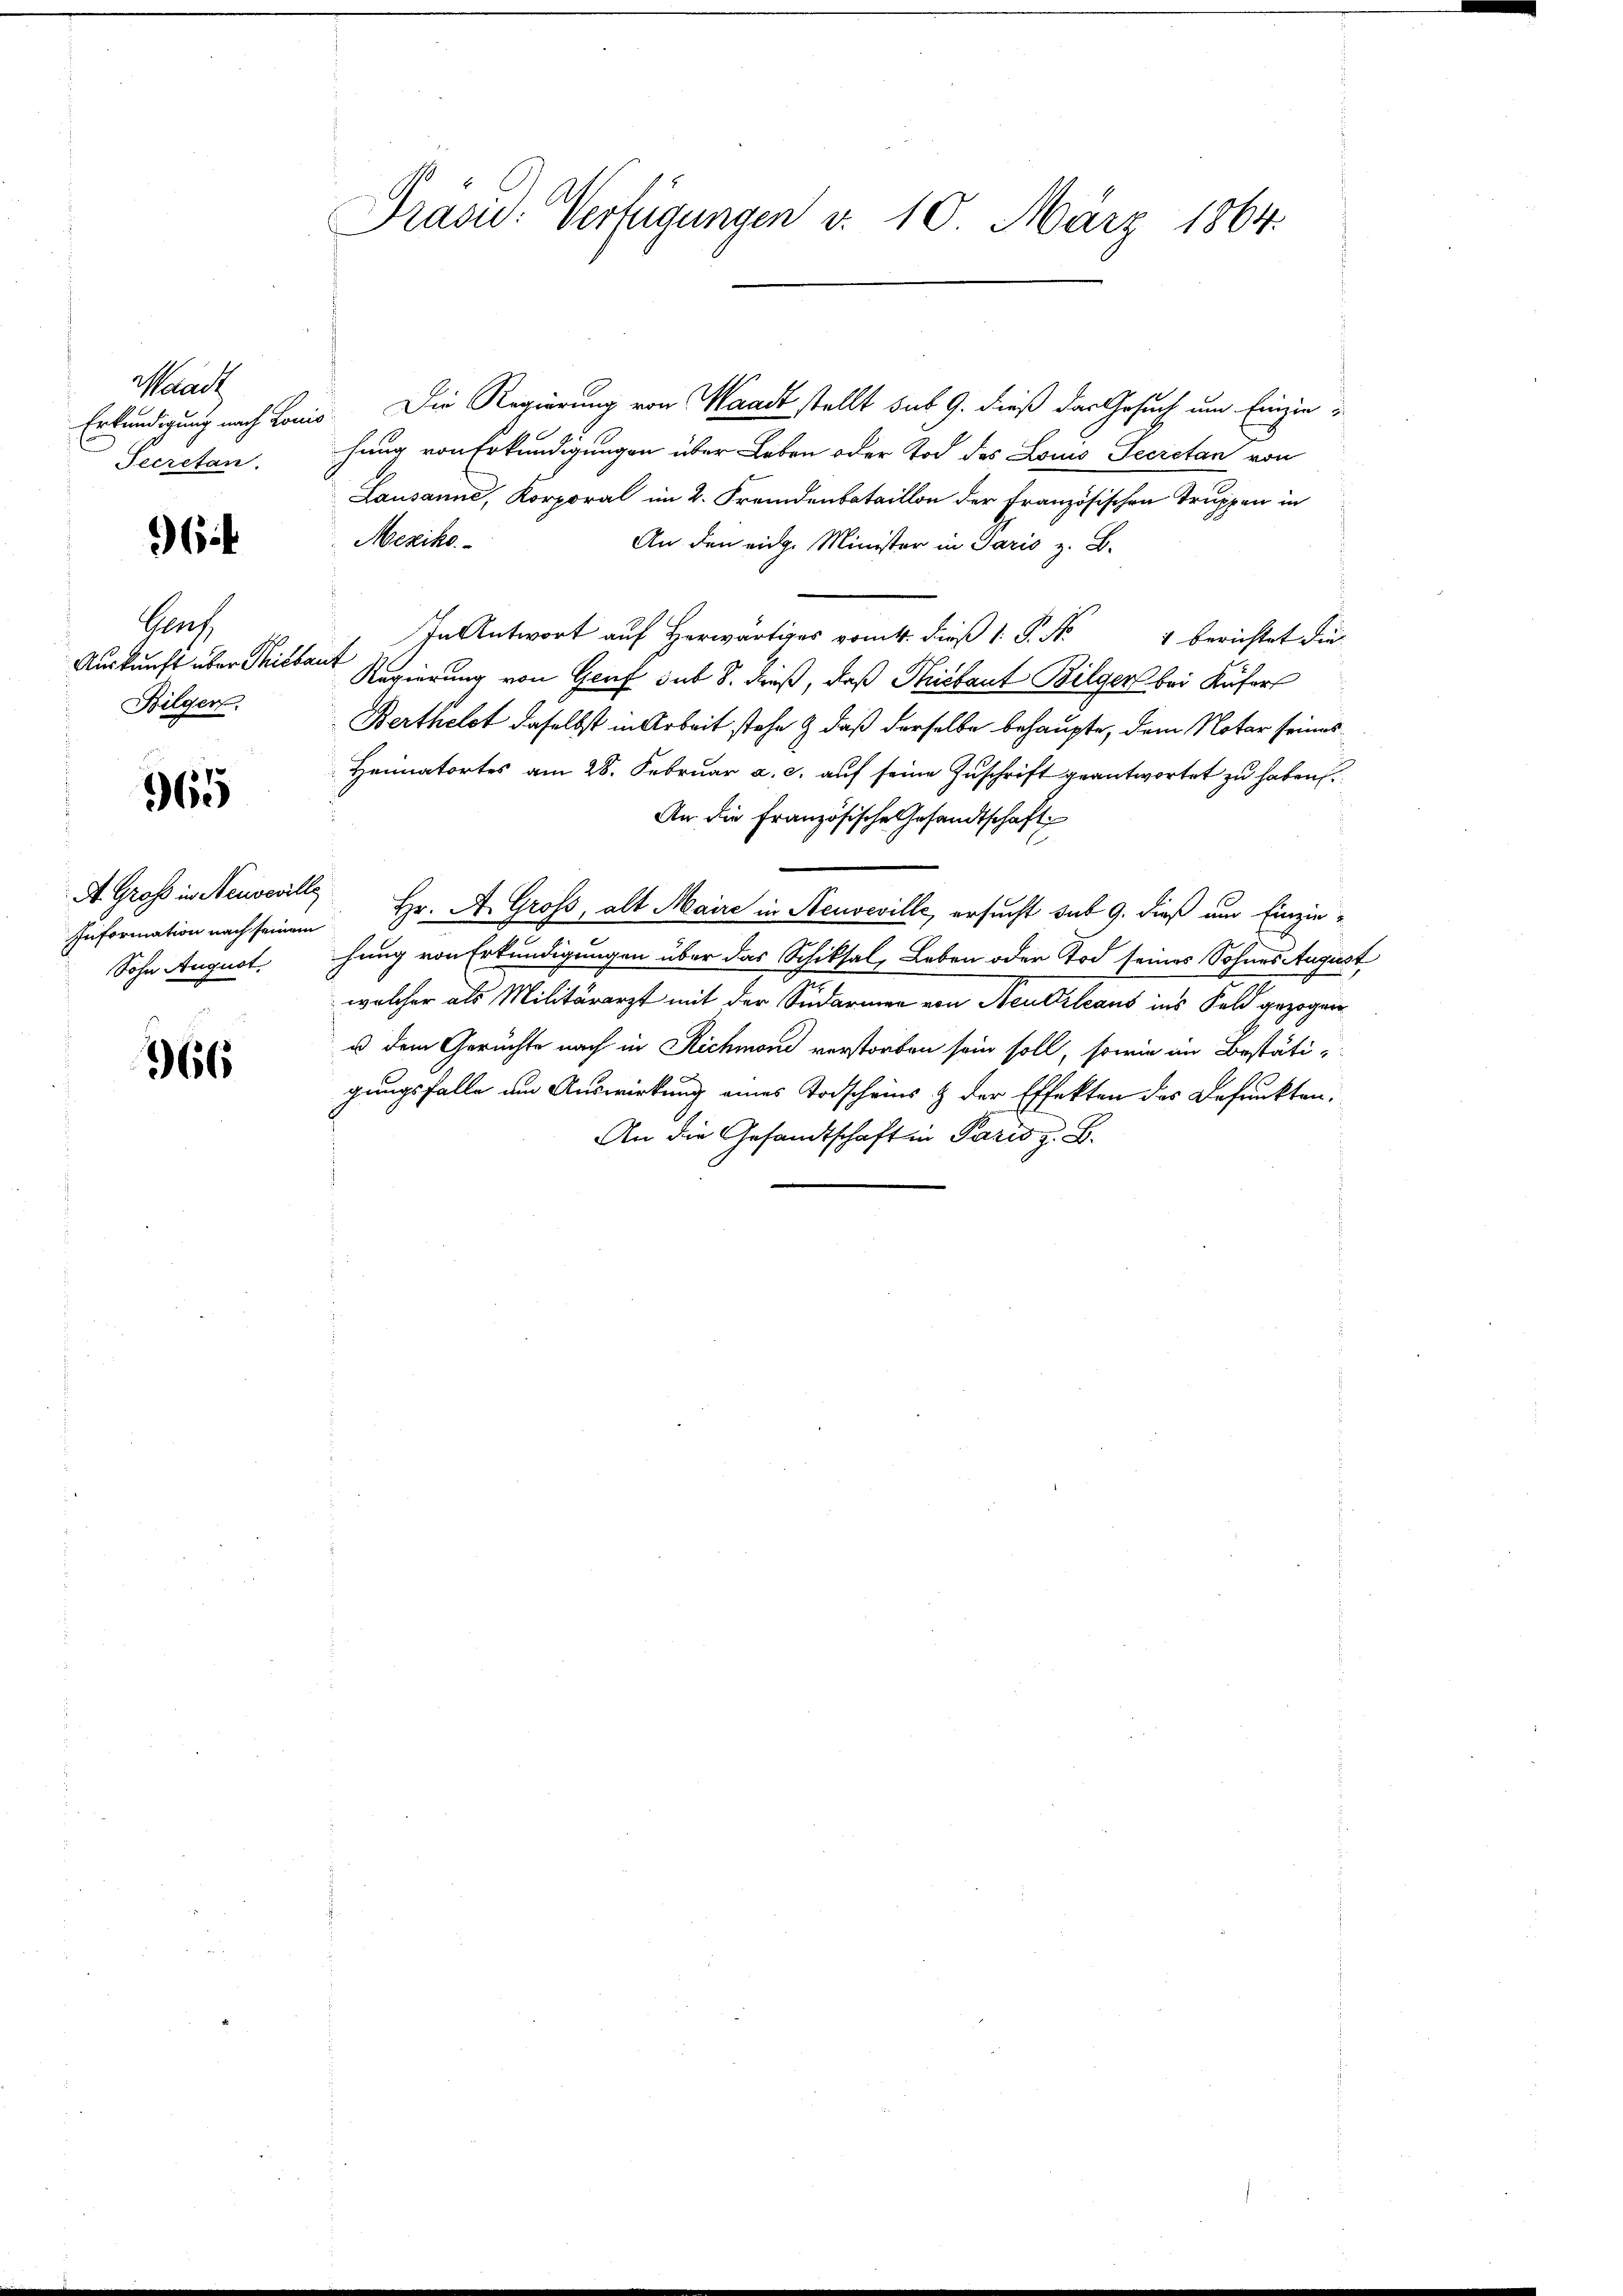
Waadt
Secretan.

6

Gruf
Bilger.

965

Information nach seinem
Sohn August.

966

Präsic: Verfügungen d. 10. März 1864.

Erkundigung nach Lonis. Die Regierung von Waadt stellt sub 9. dieß das Gesuch um Einzin
hung von Erkundigungen über Leben oder Tod des Louis Secretan von
Lausanne, Korporal im 2. Fremdenbataillon der Französischen Truppen in
Mexiko
An den eidg. Minister in Paris z. B.
In Antwort auf Herwärts vom 4. dieß P. Nr. 4 berichtet die
Auskunft über Mitter Regierung von Genf sub 8. dieß, daß Thiclaut Bilger bei Küfer
Berthelst daselbst in Arbeit stehe & daß derselbe behaupte, dem Notar seines
Heimatortes am 28. Februar a. c. auf seine Zuschrift geantwortet zu haben.
An die Französische Gesandtschaft
A Groß in Neuveville Hr. A. Gross, alt Maire in Neuveville, ersucht sub 9. dieß um Einzin-
hung von Erkundigungen über das Schiksal, Leben oder Tod seines Sohnes August
wolcher als Militärarzt mit der Sudarmer von Neutrleans ins Feld gezogen
u dem Gerüchte nach in Richman verstorben sein soll, sowie im Bestätigungsfalle um Auswirkung eines Todscheins & der Effekten des Befunkten.
An die Gesandtschaft in Paris z. B.